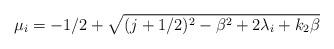
LaTeX: \begin{align*}\mu_{i} =-1/2+\sqrt{(j+1/2)^{2} - \beta ^{2} + 2 \lambda _{i} + k_{2}\beta }\end{align*}